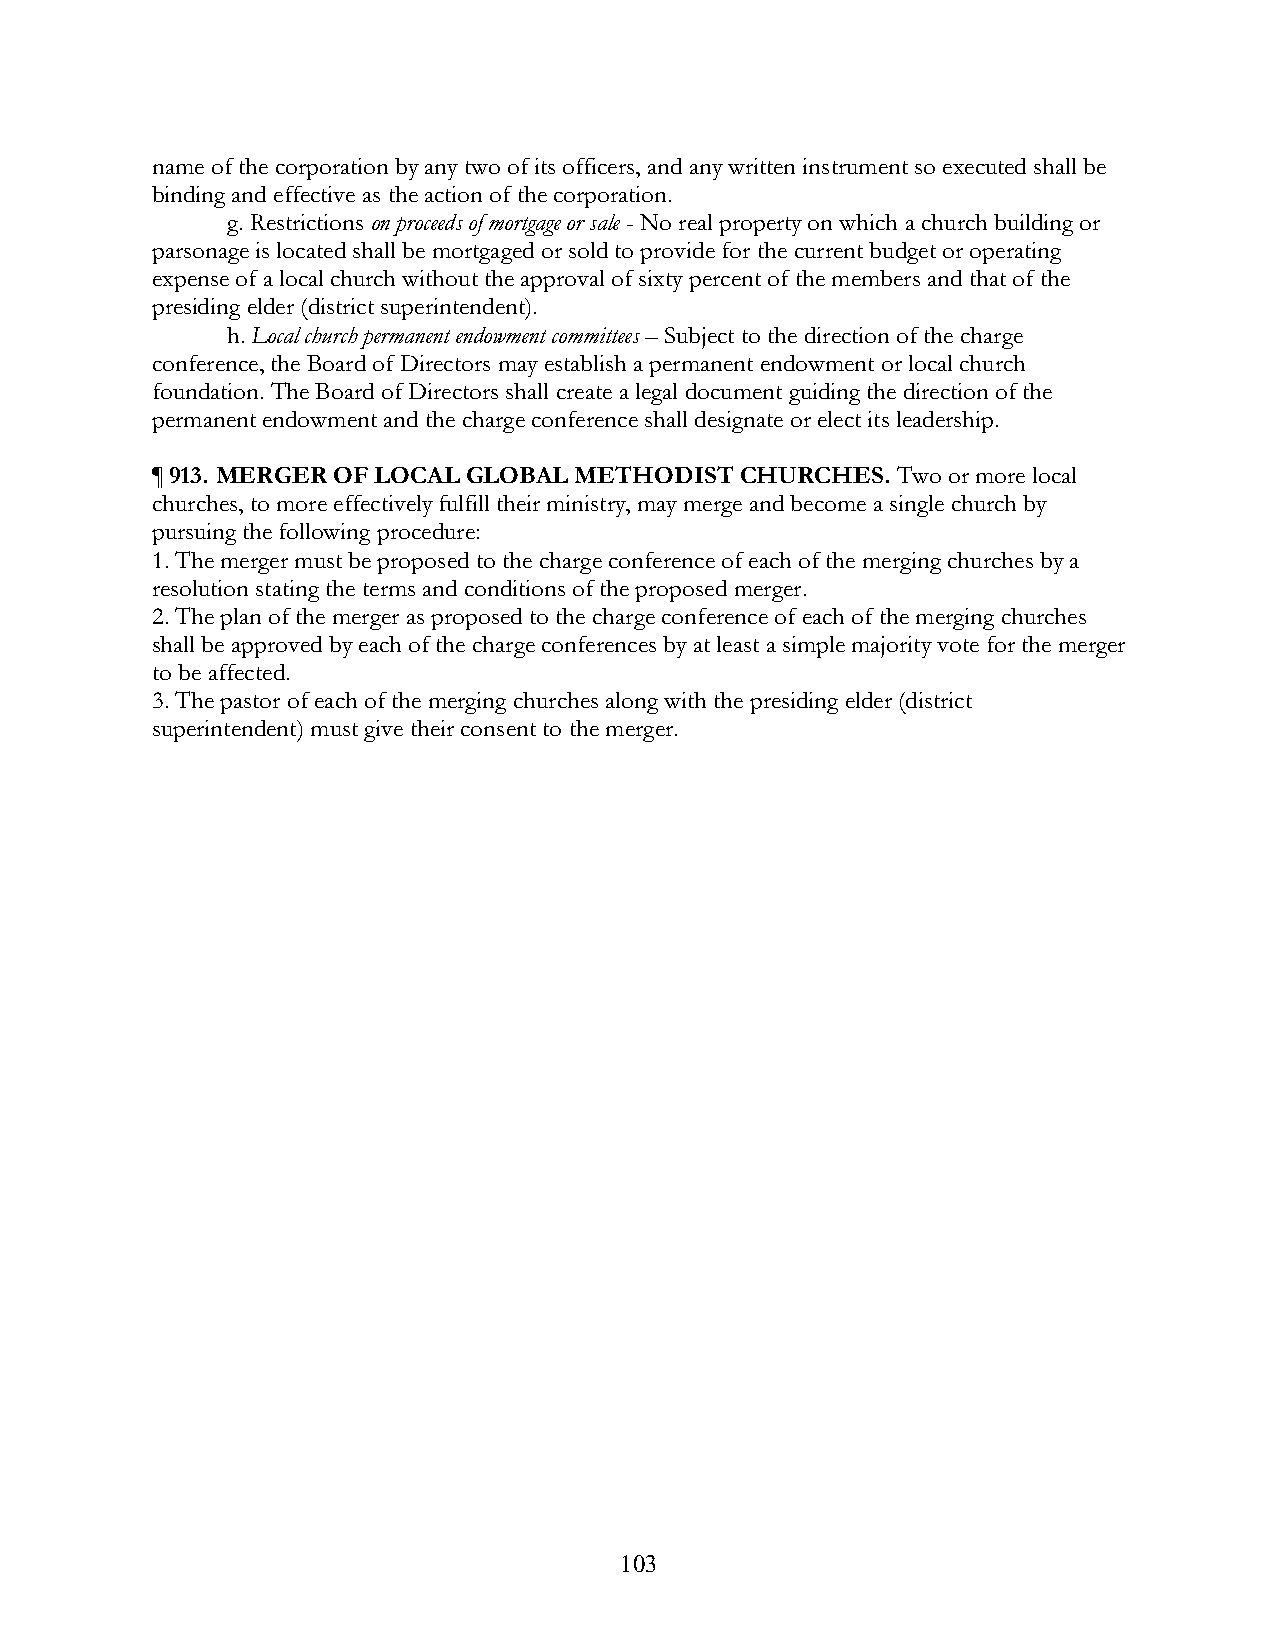
name of the corporation by any two of its officers, and any written instrument so executed shall be
 binding and effective as the action of the corporation.
 g. Restrictions on proceeds of mortgage or sale - No real property on which a church building or
 parsonage is located shall be mortgaged or sold to provide for the current budget or operating
 expense of a local church without the approval of sixty percent of the members and that of the
 presiding elder (district superintendent).
 h. Local church permanent endowment committees – Subject to the direction of the charge
 conference, the Board of Directors may establish a permanent endowment or local church
 foundation. The Board of Directors shall create a legal document guiding the direction of the
 permanent endowment and the charge conference shall designate or elect its leadership.
 ¶ 913. MERGER OF LOCAL GLOBAL METHODIST CHURCHES. Two or more local
 churches, to more effectively fulfill their ministry, may merge and become a single church by
 pursuing the following procedure:
 1. The merger must be proposed to the charge conference of each of the merging churches by a
 resolution stating the terms and conditions of the proposed merger.
 2. The plan of the merger as proposed to the charge conference of each of the merging churches
 shall be approved by each of the charge conferences by at least a simple majority vote for the merger
 to be affected.
 3. The pastor of each of the merging churches along with the presiding elder (district
 superintendent) must give their consent to the merger.
 103